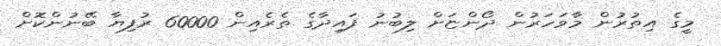
މީގެ އިތުރުން މާވަހަރުން ދޯންޏަށް ލިބުނު ފައިދާގެ ތެރެއިން 60000 ރުފިޔާ ބޭނުންކޮށް